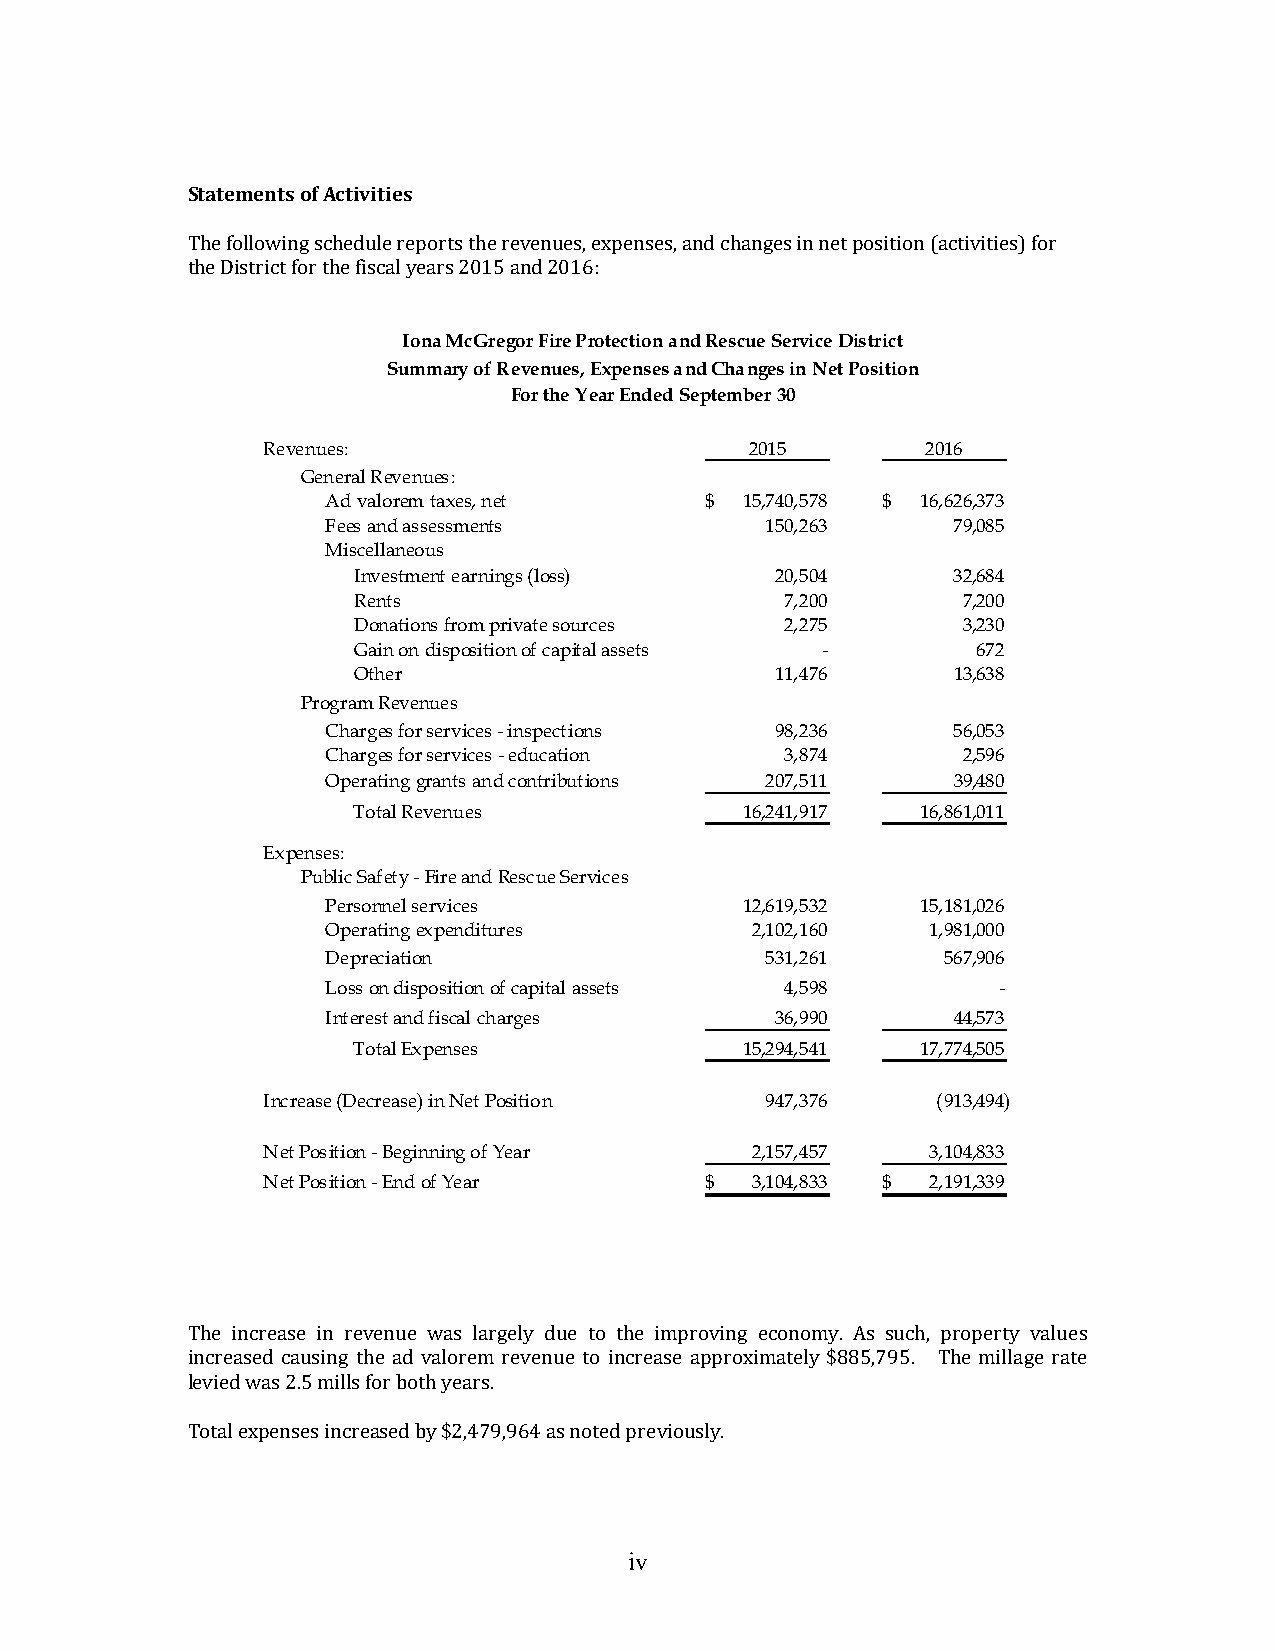
Statements of Activities
 The following schedule reports the revenues, expenses, and changes in net position (activities) for
 the District for the fiscal years 2015 and 2016:
 Iona McGregor Fire Protection and Rescue Service District
 Summary of Revenues, Expenses and Changes in Net Position
 For the Year Ended September 30
 Revenues:                        2015       2016
 General Revenues:
 Ad valorem taxes, net    $ 15,740,578 $ 1 6,626,373
 Fees and assessments         150,263     7 9,085
 Miscellaneous
 Investment earnings (loss)  2 0,504     3 2,684
 Rents                        7,200       7 ,200
 Donations from private sources 2 ,275    3 ,230
 Gain on disposition of capital assets -   6 72
 Other                       1 1,476     13,638
 Program Revenues
 Charges for services - inspections 98,236 5 6,053
 Charges for services - education 3 ,874   2 ,596
 Operating grants and contributions 2 07,511 39,480
 Total Revenues            16,241,917  1 6,861,011
 Expenses:
 Public Safety - Fire and Rescue Services
 Personnel services         12,619,532  1 5,181,026
 Operating expenditures      2 ,102,160  1 ,981,000
 Depreciation                 531,261    5 67,906
 Loss on disposition of capital assets 4,598 -
 Interest and fiscal charges  36,990      44,573
 Total Expenses            15,294,541  1 7,774,505
 Increase (Decrease) in Net Position 9 47,376 (913,494)
 Net Position - Beginning of Year 2,157,457   3 ,104,833
 Net Position - End of Year    $  3,104,833 $ 2 ,191,339
 The increase in revenue was largely due to the improving economy. As such, property values
 increased causing the ad valorem revenue to increase approximately $885,795. The millage rate
 levied was 2.5 mills for both years.
 Total expenses increased by $2,479,964 as noted previously.
 iv